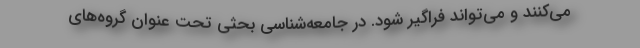
می‌کنند و می‌تواند فراگیر شود. در جامعه‌شناسی بحثی تحت عنوان گروه‌های